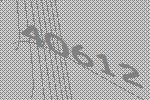
40612